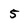
Character: 5